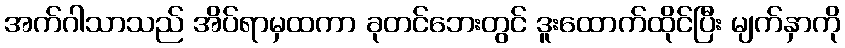
အက်ဂါသာသည် အိပ်ရာမှထကာ ခုတင်ဘေးတွင် ဒူးထောက်ထိုင်ပြီး မျက်နှာကို